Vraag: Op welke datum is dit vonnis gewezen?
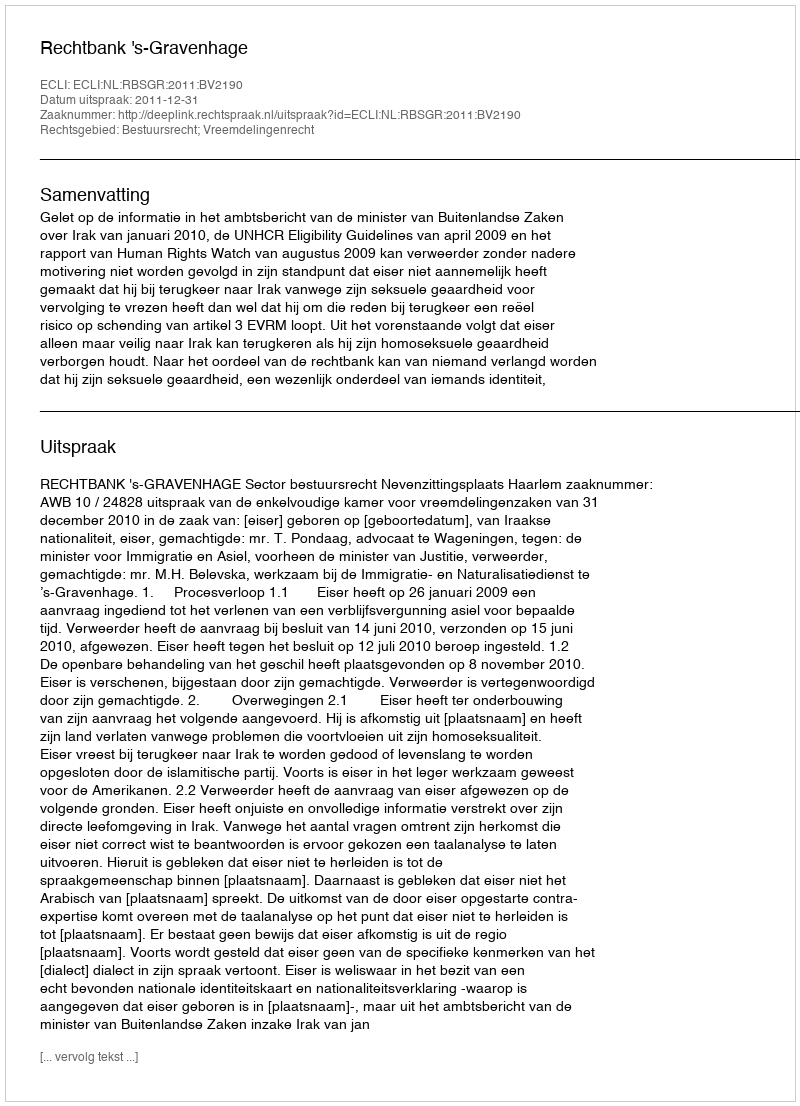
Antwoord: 2011-12-31